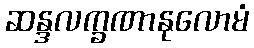
ဆန္ဒလက္ခဏာနုလောမံ